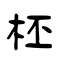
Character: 柸